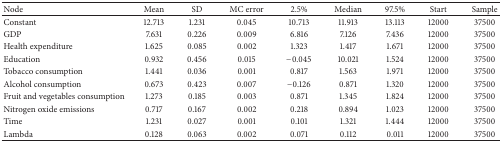
| Node | Mean | SD | MC error | 2.5% | Median | 97.5% | Start | Sample |
 | --- | --- | --- | --- | --- | --- | --- | --- | --- |
 | Constant | 12.713 | 1.231 | 0.045 | 10.713 | 11.913 | 13.113 | 12000 | 37500 |
 | GDP | 7.631 | 0.226 | 0.009 | 6.816 | 7.126 | 7.436 | 12000 | 37500 |
 | Health expenditure | 1.625 | 0.085 | 0.002 | 1.323 | 1.417 | 1.671 | 12000 | 37500 |
 | Education | 0.932 | 0.456 | 0.015 | −0.045 | 10.021 | 1.524 | 12000 | 37500 |
 | Tobacco consumption | 1.441 | 0.036 | 0.001 | 0.817 | 1.563 | 1.971 | 12000 | 37500 |
 | Alcohol consumption | 0.673 | 0.423 | 0.007 | −0.126 | 0.871 | 1.320 | 12000 | 37500 |
 | Fruit and vegetables consumption | 1.273 | 0.185 | 0.003 | 0.871 | 1.345 | 1.824 | 12000 | 37500 |
 | Nitrogen oxide emissions | 0.717 | 0.167 | 0.002 | 0.218 | 0.894 | 1.023 | 12000 | 37500 |
 | Time | 1.231 | 0.027 | 0.001 | 0.101 | 1.321 | 1.444 | 12000 | 37500 |
 | Lambda | 0.128 | 0.063 | 0.002 | 0.071 | 0.112 | 0.011 | 12000 | 37500 |